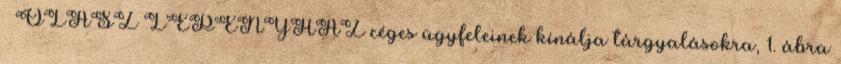
OLASZ LEPÉNYHÁZ céges ügyfeleinek kínálja tárgyalásokra, 1. ábra